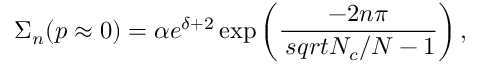
\Sigma _ { n } ( p \approx 0 ) = \alpha e ^ { \delta + 2 } \exp \left( { \frac { - 2 n \pi } { \, s q r t { N _ { c } / N - 1 } } } \right) ,